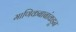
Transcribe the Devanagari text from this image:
माणिकबाबांकडून